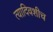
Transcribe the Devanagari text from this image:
त्यादिवशीच